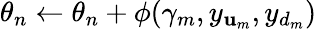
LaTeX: \theta_{n}\gets\theta_{n}+\phi(\gamma_{m},y_{\mathbf{u}_{m}},y_{d_{m}})